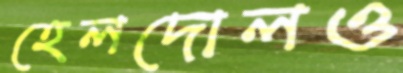
হেলদোলও